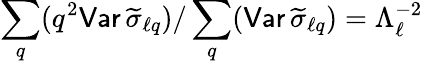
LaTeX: \sum_{q}(q^{2}{\mathsf{Var}}\, \widetilde\sigma_{\ell q})/\sum_{q}({\mathsf{Var}}\, \widetilde\sigma_{\ell q})=\Lambda_{\ell}^{-2}